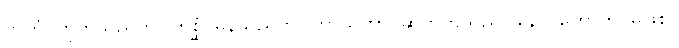
ဘူတံ၊ ဟုတ်သည်ကို။ တစ္ဆံ၊ မှန်သည်ကို။ ဘာသိတာ၊ ဆိုတတ်သည်။ နောပိဟောတိ၊ မဖြစ်။